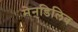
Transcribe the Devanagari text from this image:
मेनडिलिव